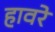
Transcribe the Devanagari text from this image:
हावरे